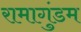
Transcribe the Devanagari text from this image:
रामागुंडम